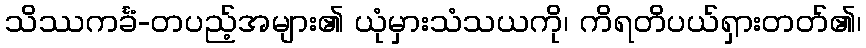
သိဿကင်္ခံ-တပည့်အများ၏ ယုံမှားသံသယကို၊ ကိရတိပယ်ရှားတတ်၏၊